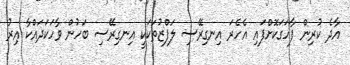
އާދެ ކުރިން ފާހަގަކޮށްފައި އެހެރަ އިނގިރޭސި ލަފްޒުތަކަކީ އިނގިރޭސި ބަހުން ވާހަކަދައްކާ އިރު